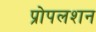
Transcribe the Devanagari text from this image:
प्रोपलशन